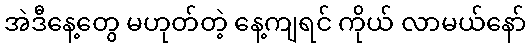
အဲဒီနေ့တွေ မဟုတ်တဲ့ နေ့ကျရင် ကိုယ် လာမယ်နော်